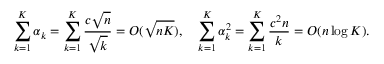
\sum _ { k = 1 } ^ { K } \alpha _ { k } = \sum _ { k = 1 } ^ { K } \frac { c \sqrt { n } } { \sqrt { k } } = O ( \sqrt { n K } ) , \quad \sum _ { k = 1 } ^ { K } \alpha _ { k } ^ { 2 } = \sum _ { k = 1 } ^ { K } \frac { c ^ { 2 } n } { k } = O ( n \log K ) .